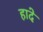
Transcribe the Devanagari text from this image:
हादे